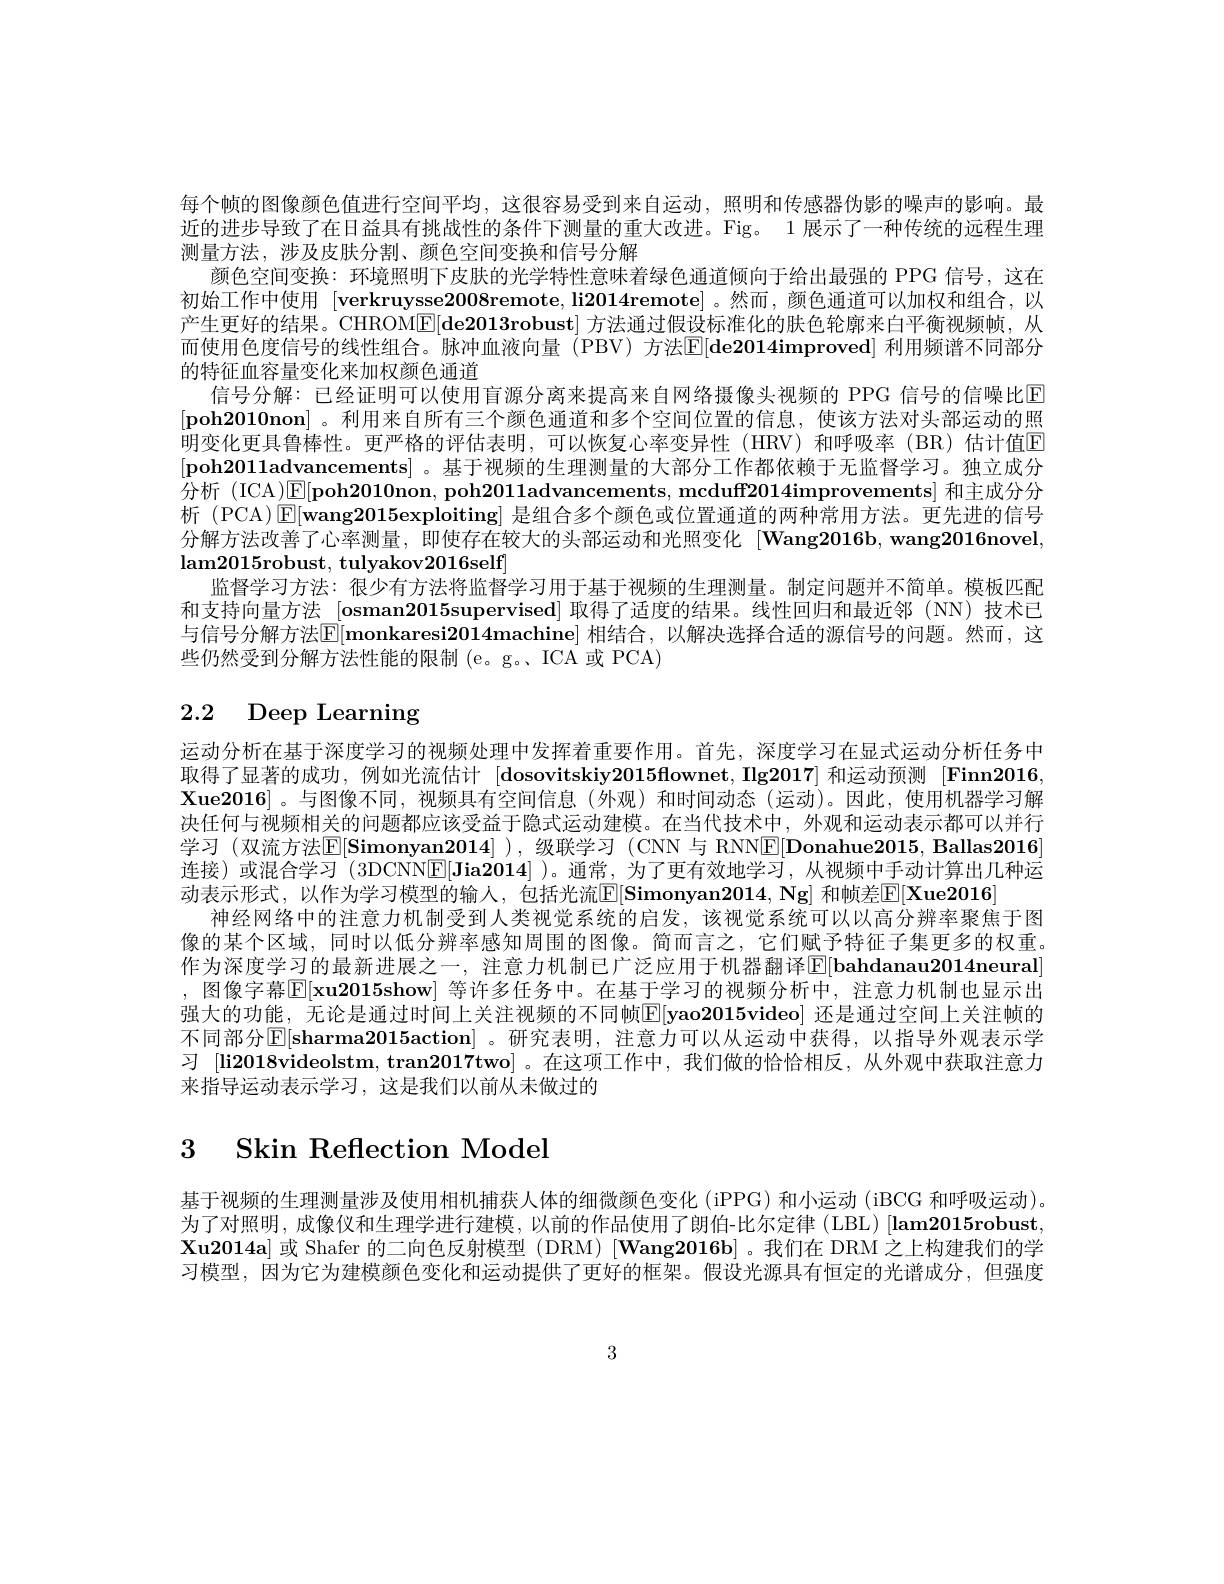
每个帧的图像颜色值进行空间平均，这很容易受到来自运动，照明和传感器伪影的噪声的影响。最近的进步导致了在日益具有挑战性的条件下测量的重大改进。Fig。1 展示了一种传统的远程生理测量方法，涉及皮肤分割、颜色空间变换和信号分解
颜色空间变换：环境照明下皮肤的光学特性意味着绿色通道倾向于给出最强的 PPG 信号，这在初始工作中使用$[ \textbf{verkruysse2008remote, li2014remote}]$ 。然而，颜色通道可以加权和组合，以产生更好的结果。CHROM[E[de2013robust] 方法通过假设标准化的肤色轮廓来白平衡视频帧，从而使用色度信号的线性组合。脉冲血液向量(PBV)方法$\mathbb{E} [ \textbf{de2014improved] 利 用 频 谱 不 同 部 分 }$ 的特征血容量变化来加权颜色通道
信号分解：已经证明可以使用盲源分离来提高来自网络摄像头视频的 PPG 信号的信噪比E $[ \textbf{poh2010non}]$。利用来自所有三个颜色通道和多个空间位置的信息，使该方法对头部运动的照明变化更具鲁棒性。更严格的评估表明，可以恢复心率变异性(HRV)和呼吸率(BR)估计值E [poh2011advancements] 。基于视频的生理测量的大部分工作都依赖于无监督学习。独立成分分析 (ICA)$\boxed{\mathbb{E} }[ \textbf{poh2010non, poh2011advancements, mcduff2014improvements] 和 主 成 分 分 }$ 析(PCA)$\mathbb{E}[$wang2015exploiting] 是组合多个颜色或位置通道的两种常用方法。更先进的信号分解方法改善了心率测量，即使存在较大的头部运动和光照变化$[ \textbf{Wang2016b, wang2016novel}]$ lam2015robust, tulyakov2016self]
监督学习方法：很少有方法将监督学习用于基于视频的生理测量。制定问题并不简单。模板匹配和支持向量方法$[ \textbf{osman2015supervised}]$取得了适度的结果。线性回归和最近邻 (NN) 技术已与信号分解方法$\mathbb{E} [$monkaresi2014machine] 相结合，以解决选择合适的源信号的问题。然而，这些仍然受到分解方法性能的限制 (e。g。、ICA 或 PCA)

# 2.2 Deep Learning

运动分析在基于深度学习的视频处理中发挥着重要作用。首先，深度学习在显式运动分析任务中取得了显著的成功，例如光流估计$[ \textbf{dosovitskiy2015flownet, Ilg2017}]$和运动预测[Finn2016 $\mathbf{Xue2016}]$。与图像不同，视频具有空间信息(外观)和时间动态(运动)。因此，使用机器学习解决任何与视频相关的问题都应该受益于隐式运动建模。在当代技术中，外观和运动表示都可以并行学习 (双流方法$\mathbb{E} [ \textbf{Simonyan2014] ) , 级 联 学 习 ( CNN与 RNNE[ Donahue2015, Ballas2016}]$ 连接)或混合学习 (3DCNN[E]Jia2014] )。通常，为了更有效地学习，从视频中手动计算出几种运动表示形式，以作为学习模型的输入，包括光流[E[Simonyan2014,Ng] 和帧差$\mathbb{E} [ \textbf{Xue2016}]$
神经网络中的注意力机制受到人类视觉系统的启发，该视觉系统可以以高分辨率聚焦于图像的某个区域，同时以低分辨率感知周围的图像。简而言之，它们赋予特征子集更多的权重。作为深度学习的最新进展之一，注意力机制已广泛应用于机器翻译E[bahdanau2014neural] ,图像字幕$\mathbb{E}[\mathbf{xu2015show}]$ 等许多任务中。在基于学习的视频分析中，注意力机制也显示出强大的功能，无论是通过时间上关注视频的不同帧$\mathbb{E}[$yao2015video] 还是通过空间上关注帧的不同部分$\mathbb{E} [ \textbf{sharma2015action] 。研 究 表 明 , 注 意 力 可 以 从 运 动 中 获 得 , 以 指 导 外 观 表 示 学 }$ 习[li2018videolstm,tran2017two]。在这项工作中，我们做的恰恰相反，从外观中获取注意力来指导运动表示学习，这是我们以前从未做过的

# 3 Skin Reflection Model

基于视频的生理测量涉及使用相机捕获人体的细微颜色变化 (iPPG) 和小运动 (iBCG 和呼吸运动)。为了对照明，成像仪和生理学进行建模，以前的作品使用了朗伯-比尔定律(LBL)[lam2015robust] $\mathbf{Xu2014a]}$或 Shafer 的二向色反射模型 (DRM) [Wang2016b]。我们在 DRM 之上构建我们的学习模型，因为它为建模颜色变化和运动提供了更好的框架。假设光源具有恒定的光谱成分，但强度

3